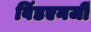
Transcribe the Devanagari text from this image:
विंडएनर्जी